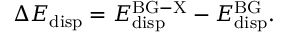
\Delta E _ { \mathrm { d i s p } } = E _ { \mathrm { d i s p } } ^ { \mathrm { B G - X } } - E _ { \mathrm { d i s p } } ^ { \mathrm { B G } } .